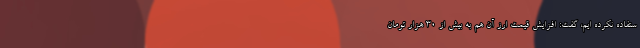
ستفاده نکرده ایم، گفت: افزایش قیمت ارز آن هم به بیش از ۳۰ هزار تومان